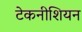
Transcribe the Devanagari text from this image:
टेकनीशियन